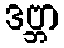
ဒဗ္ဘာ